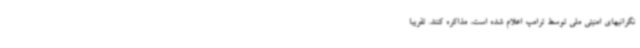
نگرانیهای امنیتی ملی توسط ترامپ اعلام شده است، مذاکره کنند. تقریبا